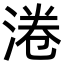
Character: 淃